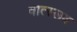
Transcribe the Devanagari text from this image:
वात्स्लव